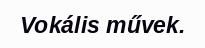
Vokális művek.